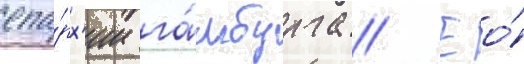
епа́рх'ии га́мбурга // Ео́